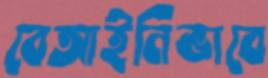
বেআইনিভাবে